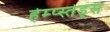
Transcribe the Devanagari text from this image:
हेम्प्स्तेड्स